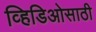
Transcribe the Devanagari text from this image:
व्हिडिओसाठी